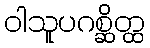
ဝါသူပဂစ္ဆိတ္ထ